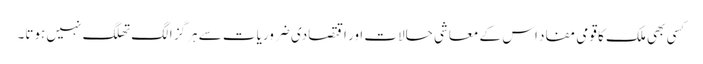
کسی بھی ملک کا قومی مفاد اس کے معاشی حالات اور اقتصادی ضروریات سے ہرگز الگ تھلگ نہیں ہوتا۔